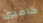
كافيين